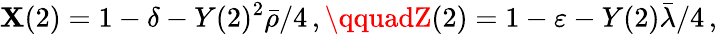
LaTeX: \mathbf{X}(2)=1-\delta-Y(2)^{2}\bar{{\rho}}/4\, ,\qquadZ(2)=1-\varepsilon-Y(2)\bar{{\lambda}}/4\, ,